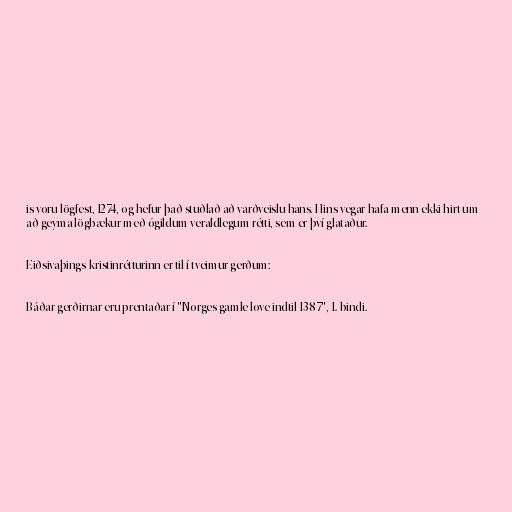
is voru lögfest, 1274, og hefur það stuðlað að varðveislu hans. Hins vegar hafa menn ekki hirt um
að geyma lögbækur með ógildum veraldlegum rétti, sem er því glataður.

Eiðsivaþings-kristinrétturinn er til í tveimur gerðum:

Báðar gerðirnar eru prentaðar í "Norges gamle love indtil 1387", 1. bindi.